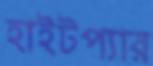
হাইটপ্যার